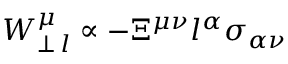
W _ { \perp \, l } ^ { \mu } \propto - \Xi ^ { \mu \nu } l ^ { \alpha } \sigma _ { \alpha \nu }